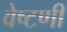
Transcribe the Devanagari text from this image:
वेष्टणी